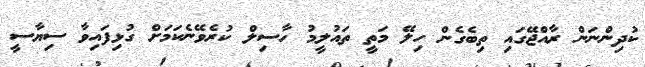
ކުދިންނަން ރާއްޖޭގައި ތިބެގެން ހިލޭ މަތީ ތައުލީމު ހާސިލް ކުރެވޭނެކަމަށް ގުޅިފައިވާ ސިޔާސީ